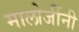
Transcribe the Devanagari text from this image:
मालोजींनी